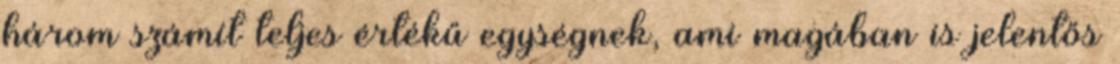
három számít teljes értékű egységnek, ami magában is jelentős